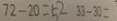
7 2 - 2 0 = 5 2 3 3 - 3 0 =